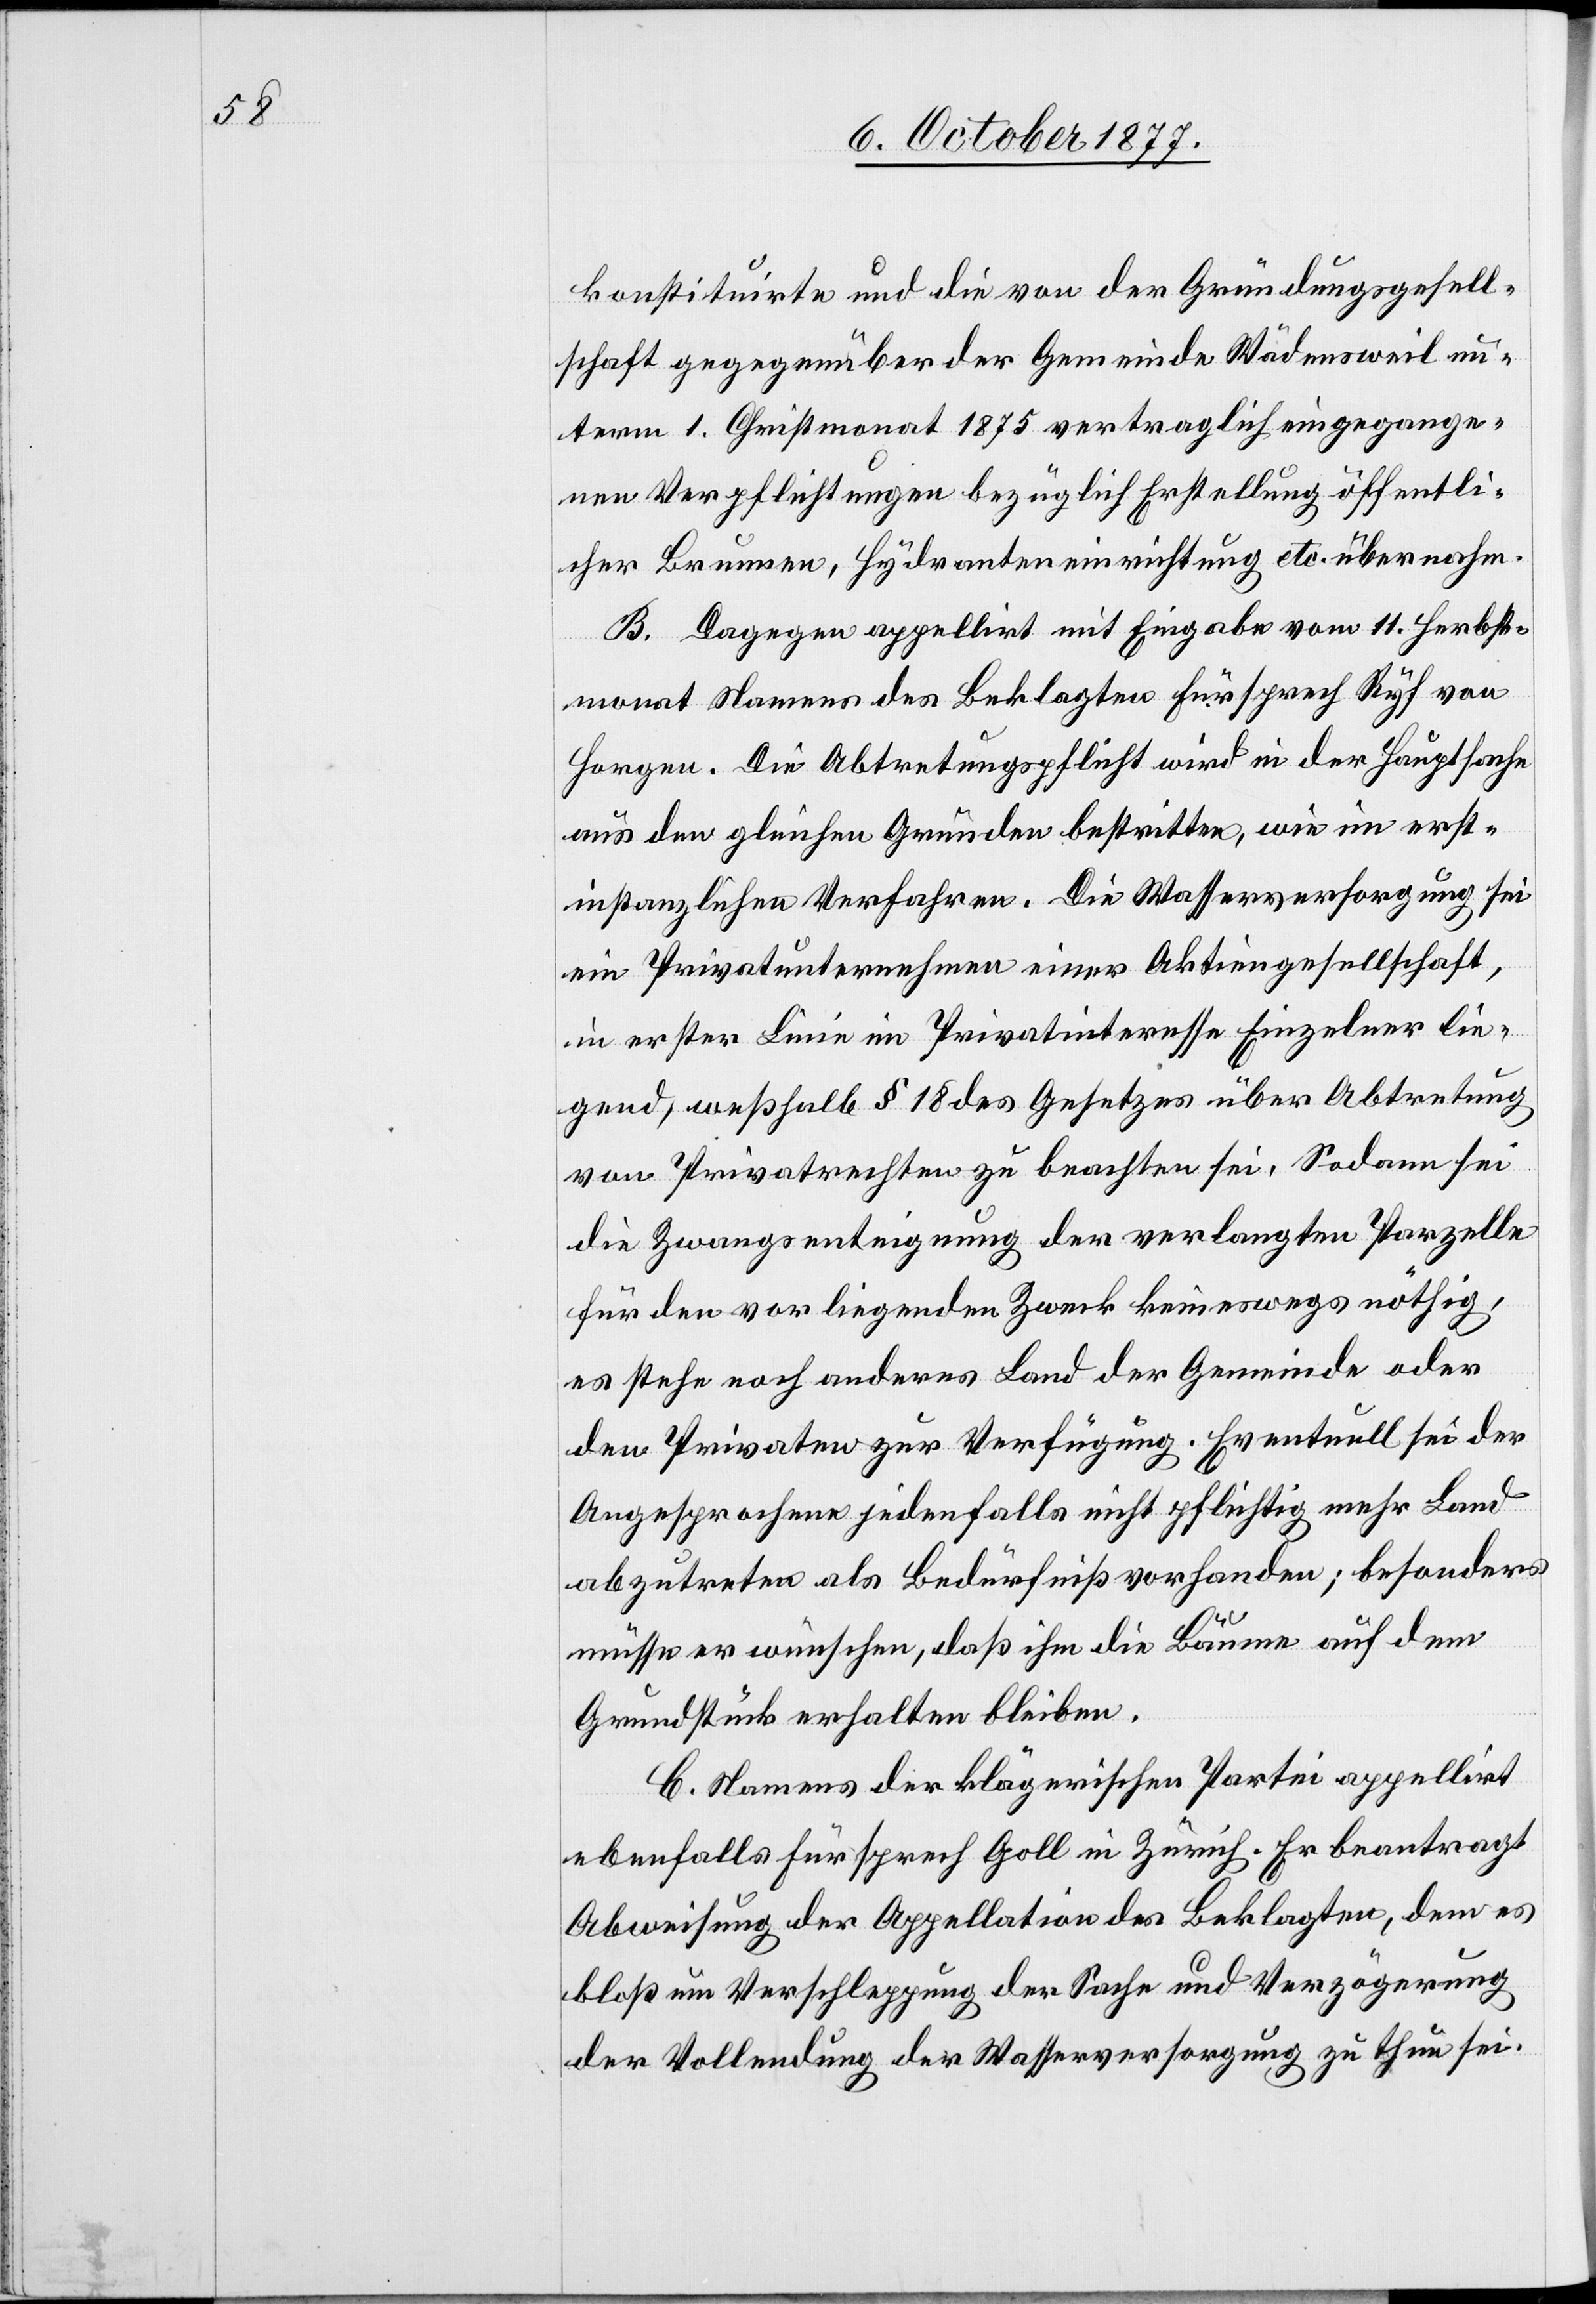
konstituirte und die von der Gründungsgesell¬
schaft gegegenüber [sic!] der Gemeinde Wädensweil un¬
term 1. Christmonat 1875 vertraglich eingegange¬
nen Verpflichtungen bezüglich Erstellung öffentli¬
cher Brunnen, Hydranteneinrichtung etc. übernahm.
B. Dagegen appellirt mit Eingabe vom 11. Herbst¬
monat Namens des Beklagten Fürsprech Ryf von
Horgen. Die Abtretungspflicht wird in der Hauptsache
aus den gleichen Gründen bestritten, wie im erst¬
instanzlichen Verfahren. Die Wasserversorgung sei
ein Privatunternehmen einer Aktiengesellschaft,
in erster Linie im Privatinteresse Einzelner lie¬
gend, weßhalb § 18 des Gesetzes über Abtretung
von Privatrechten zu beachten sei. Sodann sei
die Zwangsenteignung der verlangten Parzelle
für den vorliegenden Zweck keineswegs nöthig,
es stehe noch anderes Land der Gemeinde oder
den Privaten zur Verfügung. Eventuell sei der
Angesprochene jedenfalls nicht pflichtig mehr Land
abzutreten als Bedürfniß vorhanden; besonders
müsse er wünschen, daß ihm die Bäume auf dem
Grundstück erhalten bleiben.
C. Namens der klägerischen Partei appellirt
ebenfalls Fürsprech Goll in Zürich. Er beantragt
Abweisung der Appellation des Beklagten, dem es
bloß um Verschleppung der Sache und Verzögerung
der Vollendung der Wasserversorgung zu thun sei.